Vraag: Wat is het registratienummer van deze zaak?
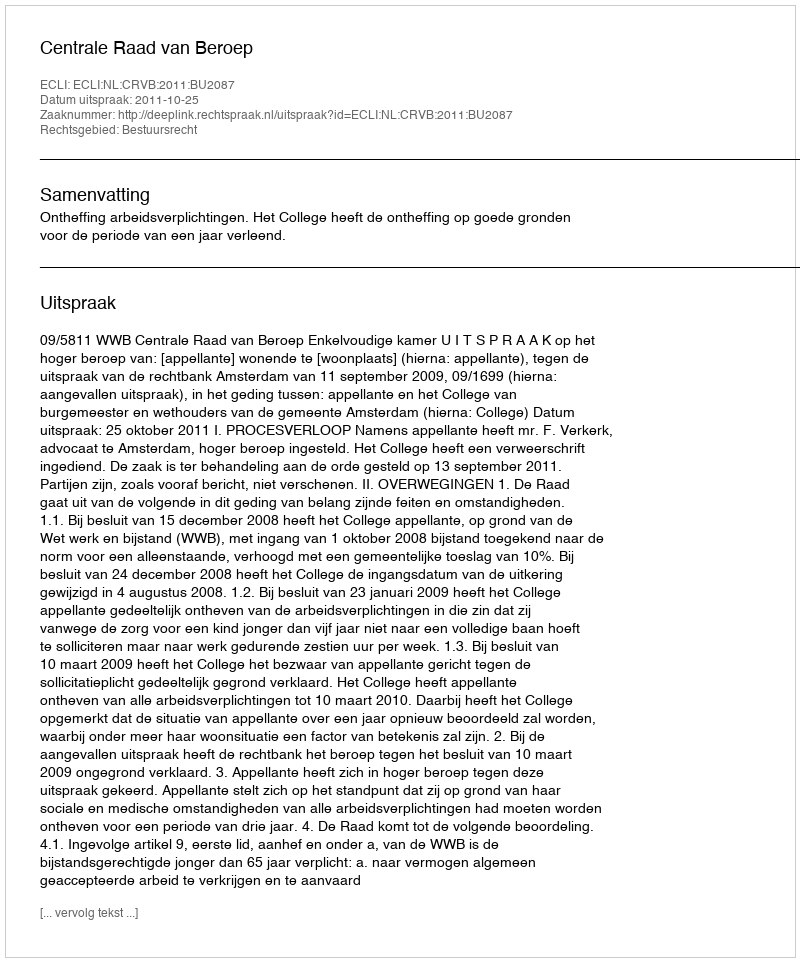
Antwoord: http://deeplink.rechtspraak.nl/uitspraak?id=ECLI:NL:CRVB:2011:BU2087